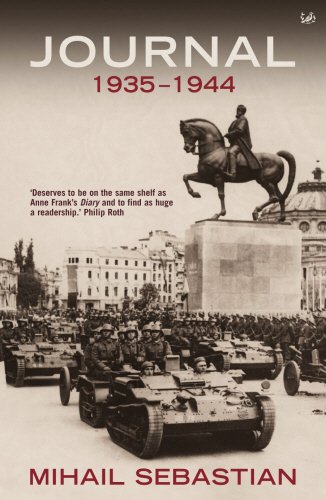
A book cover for Journal 1935-44: The Fascist Years; Mihail Sebastian; History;